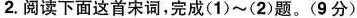
2.阅读下面这首宋词，完成(1)~(2)题。(9分)